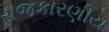
રાજકારણીય